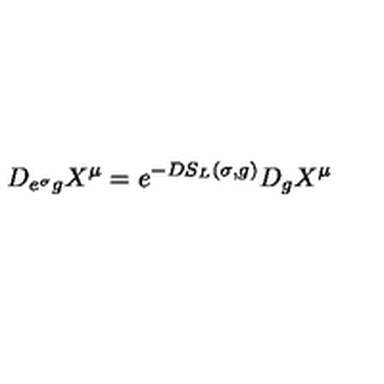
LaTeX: D _ { e ^ { \sigma } g } X ^ { \mu } = e ^ { - D S _ { L } ( \sigma , g ) } D _ { g } X ^ { \mu }